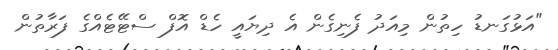
"އަޅުގަނޑު ހިތުން މިއަދު ފެނިގެން އެ ދިޔައީ ހެޑް އޮފް ސްޓޭޓެއްގެ ފަރާތުން